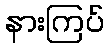
နားကြပ်